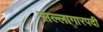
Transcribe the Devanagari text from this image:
सल्लागारपदी